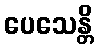
ပေသေန္တိ